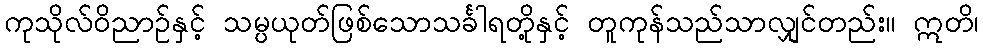
ကုသိုလ်ဝိညာဉ်နှင့် သမ္ပယုတ်ဖြစ်သောသင်္ခါရတို့နှင့် တူကုန်သည်သာလျှင်တည်း။ ဣတိ၊